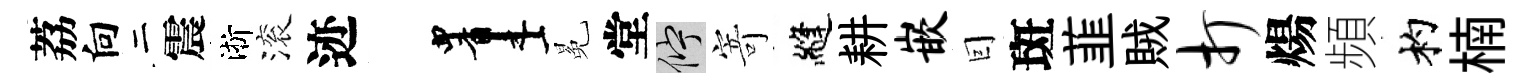
荔向二震淅滚迹画冕堂伫寄縫耕嵌囙斑韮賊打煬頻杓楠